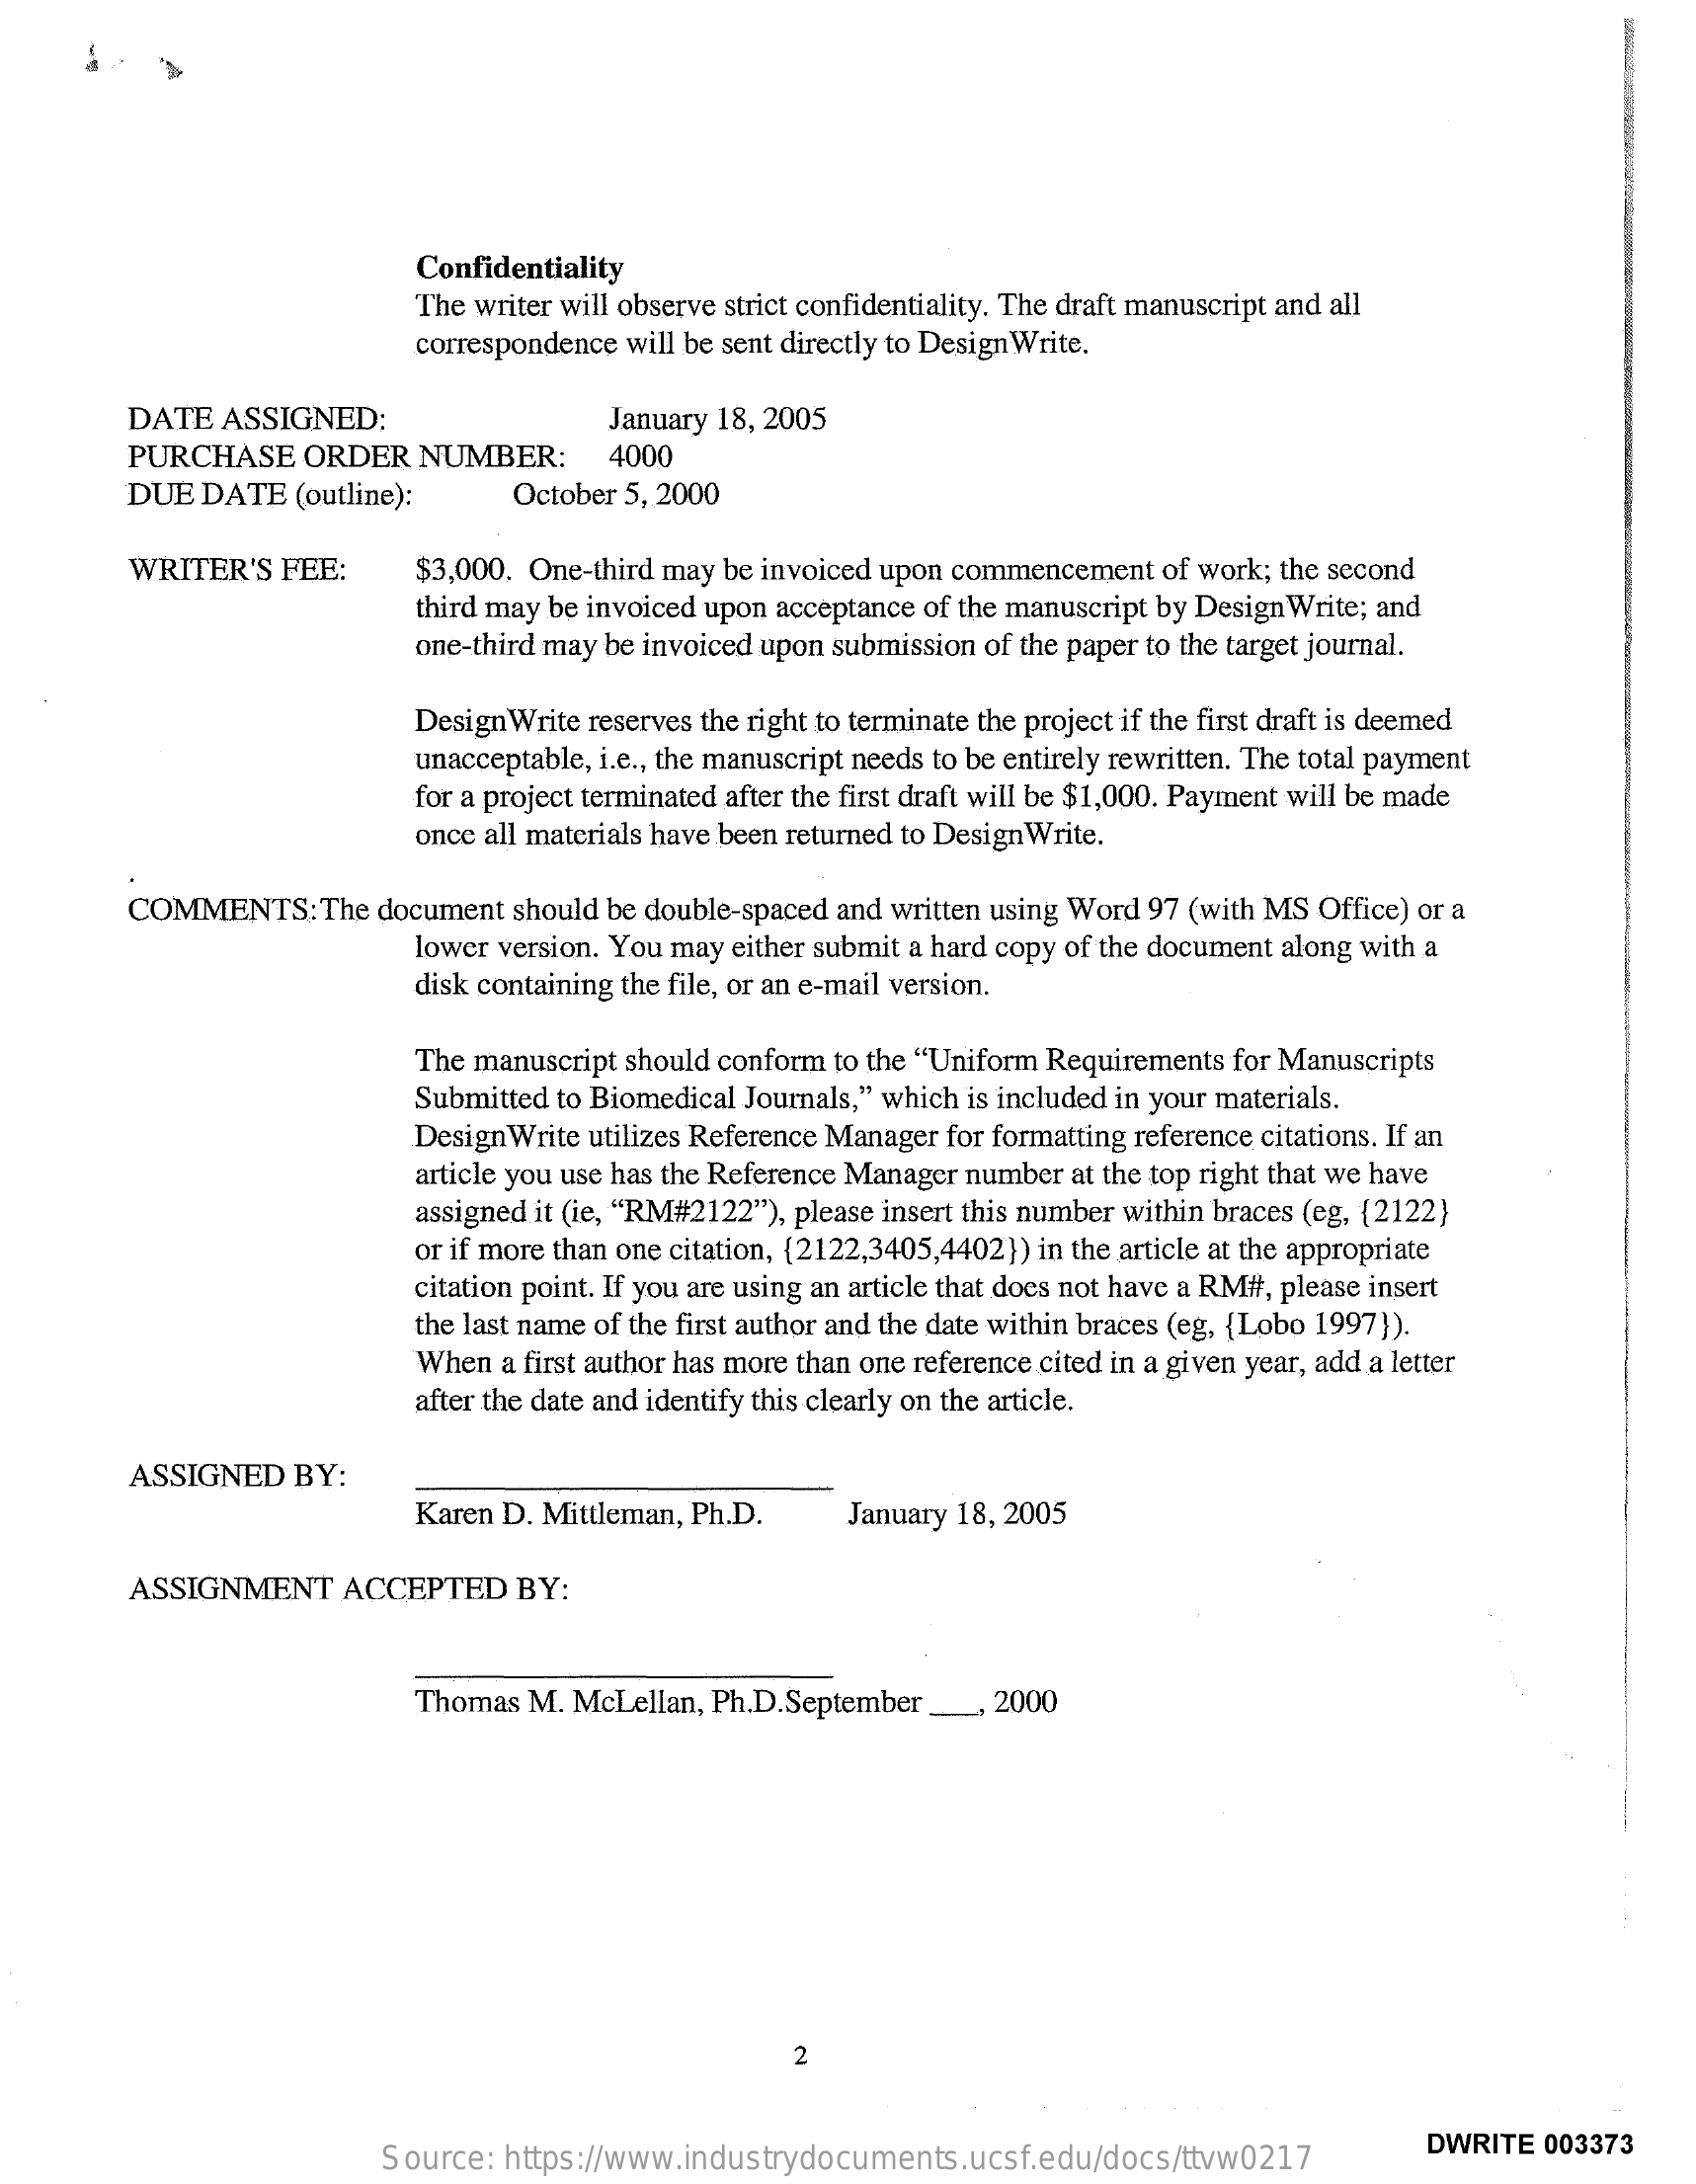
-
     Confidentiality
     The writer will observe strict confidentiality. The draft manuscript and all
     correspondence will be sent directly to Design Write.
     DATE ASSIGNED:    January 18, 2005
     PURCHASE  ORDER  NUMBER:    4000
     DUE DATE (outline):   October 5, 2000
     WRITER'S FEE:    $3,000. One-third may be invoiced upon commencement of work; the second
     third may be invoiced upon acceptance of the manuscript by Design Write; and
     one-third may be invoiced upon submission of the paper to the target journal.
     Design Write reserves the right to terminate the project if the first draft is deemed
     unacceptable, i.e ., the manuscript needs to be entirely rewritten. The total payment
     for a project terminated after the first draft will be $1,000. Payment will be made
     once all materials have been returned to DesignWrite.
     COMMENTS:  The document should be double-spaced and written using Word 97 (with MS Office) or a
     lower version. You may either submit a hard copy of the document along with a
     disk containing the file, or an e-mail version.
     The manuscript should conform to the "Uniform Requirements for Manuscripts
     Submitted to Biomedical Journals," which is included in your materials.
     Design Write utilizes Reference Manager for formatting reference citations. If an
     article you use has the Reference Manager number at the top right that we have
     assigned it (ie, "RM#2122"), please insert this number within braces (eg, {2122)
     or if more than one citation, {2122,3405,4402}) in the article at the appropriate
     citation point. If you are using an article that does not have a RM#, please insert
     the last name of the first author and the date within braces (eg, {Lobo 1997}).
     When a first author has more than one reference cited in a given year, add a letter
     after the date and identify this clearly on the article.
     ASSIGNED BY:
     Karen D. Mittleman, Ph.D. January 18, 2005
     ASSIGNMENT  ACCEPTED  BY:
     Thomas M. McLellan, Ph.D.September _, 2000
     2
     Source: https://www.industrydocuments.ucsf.edu/docs/ttvw0217
     DWRITE 003373